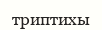
триптихы